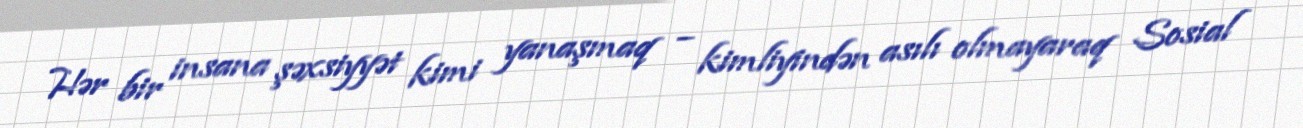
Hər bir insana şəxsiyyət kimi yanaşmaq – kimliyindən asılı olmayaraq Sosial